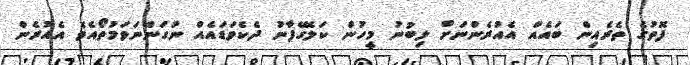
ފޮތުގެ ތެރެއިން ބައެއް އެއުރެންނަށް ލިބުނު މީހުން ކަލޭގެފާނު ދެކެވަޑައެއް ނުގަންނަވަމުތޯއެވެ އެއުރެން